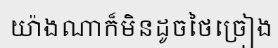
យ៉ាងណាក៏មិនដូចថៃច្រៀង